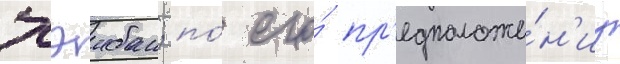
хэибан; по́ его́ пр'едположе́н'иу